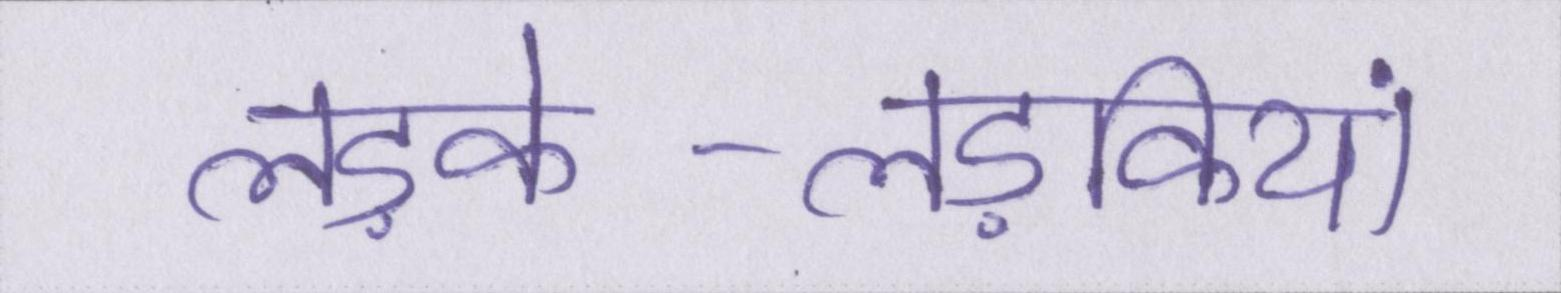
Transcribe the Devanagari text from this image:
लड़के-लड़कियां